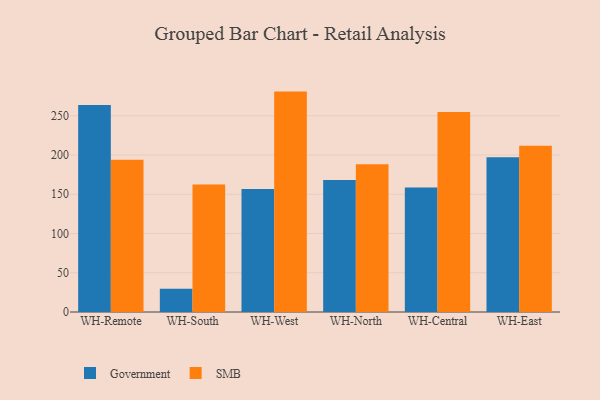
{"axis": {"x": "Warehouse", "y": "Market Share (%)"}, "legend": ["Government", "SMB"], "data": [{"x": "WH-Remote", "y": 263.7, "type": "Government"}, {"x": "WH-Remote", "y": 194.1, "type": "SMB"}, {"x": "WH-South", "y": 29.6, "type": "Government"}, {"x": "WH-South", "y": 162.5, "type": "SMB"}, {"x": "WH-West", "y": 156.8, "type": "Government"}, {"x": "WH-West", "y": 280.8, "type": "SMB"}, {"x": "WH-North", "y": 168.2, "type": "Government"}, {"x": "WH-North", "y": 188.3, "type": "SMB"}, {"x": "WH-Central", "y": 158.6, "type": "Government"}, {"x": "WH-Central", "y": 254.8, "type": "SMB"}, {"x": "WH-East", "y": 197.2, "type": "Government"}, {"x": "WH-East", "y": 211.7, "type": "SMB"}]}